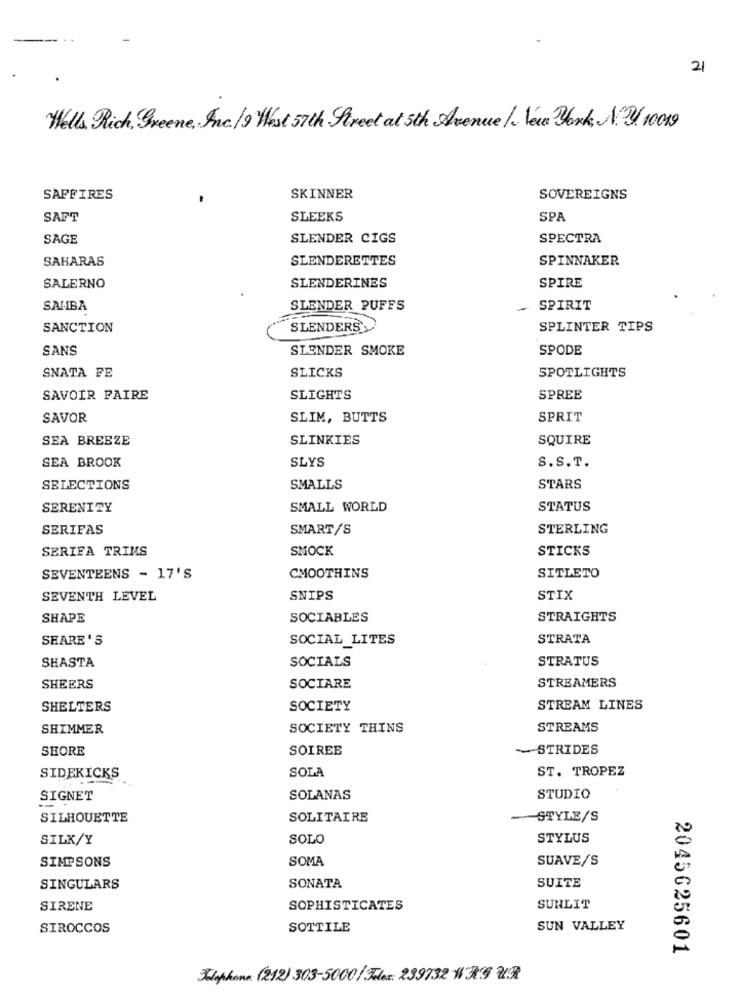
21
Wells Rich, Greene, Inc./9 West 57th Street at 5th Avenue /. New York, N.Y. 10019
SAFFIRES
SKINNER
SOVEREIGNS
SAFT
SLEEKS
SPA
SAGE
SLENDER CIGS
SPECTRA
SAHARAS
SLENDERETTES
SPINNAKER
SLENDERINES
SPIRE
SALERNO
SAMBA
SLENDER PUFFS
SPIRIT
SANCTION
SLENDERS
SPLINTER TIPS
SANS
SLENDER SMOKE
SPODE
SNATA FE
SLICKS
SPOTLIGHTS
SAVOIR FAIRE
SLIGHTS
SPREE
SAVOR
SLIM, BUTTS
SPRIT
SEA BREEZE
SLINKIES
SQUIRE
SLYS
SEA BROOK
S.S.T.
SELECTIONS
SMALLS
STARS
SERENITY
SMALL WORLD
STATUS
SERIFAS
SMART/S
STERLING
SERIFA TRIMS
SMOCK
STICKS
SEVENTEENS - 17'S
CMOOTHINS
SITLETO
SEVENTH LEVEL
SNIPS
STIX
SHAPE
SOCIABLES
STRAIGHTS
SHARE'S
SOCIAL_LITES
STRATA
SHASTA
SOCIALS
STRATUS
STREAMERS
SHEERS
SOCIARE
SHELTERS
SOCIETY
STREAM LINES
SHIMMER
SOCIETY THINS
STREAMS
SHORE
SOIREE
STRIDES
SOLA
ST. TROPEZ
SIDEKICKS
SIGNET
SOLANAS
STUDIO
SILHOUETTE
SOLITAIRE
STYLE/S
SILK/Y
SOLO
STYLUS
SIMPSONS
SOMA
SUAVE/S
SINGULARS
SONATA
SUITE
SIRENE
SOPHISTICATES
SUNLIT
SIROCCOS
SOTTILE
SUN VALLEY
2045625601
Vlophone: (212) 303-5000 / 3des: 239732 W39 VR